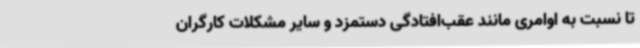
تا نسبت به اوامری مانند عقب‌افتادگی دستمزد و سایر مشکلات کارگران